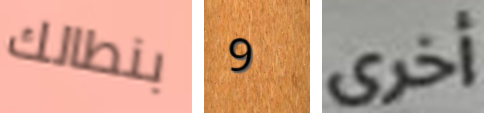
بنطالك 9 أخرى